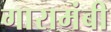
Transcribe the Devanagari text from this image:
गारामंबी